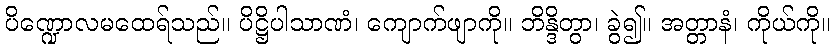
ပိဏ္ဍောလမထေရ်သည်။ ပိဋ္ဌိပါသာဏံ၊ ကျောက်ဖျာကို။ ဘိန္ဒိတွာ၊ ခွဲ၍။ အတ္တာနံ၊ ကိုယ်ကို။